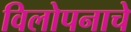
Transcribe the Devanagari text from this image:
विलोपनाचे